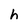
Character: h